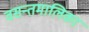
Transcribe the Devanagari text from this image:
वसन्तमालिका